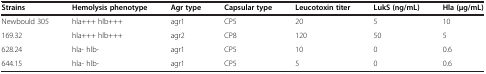
| Strains | Hemolysis phenotype | Agr type | Capsular type | Leucotoxin titer | LukS (ng/mL) | Hla (μg/mL) |
 | --- | --- | --- | --- | --- | --- | --- |
 | Newbould 305 | hla+++ hlb+++ | agr1 | CP5 | 20 | 5 | 10 |
 | 169.32 | hla+++ hlb+++ | agr2 | CP8 | 120 | 50 | 5 |
 | 628.24 | hla- hlb- | agr1 | CP5 | 10 | 0 | 0.6 |
 | 644.15 | hla- hlb- | agr1 | CP5 | 5 | 0 | 0.6 |